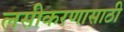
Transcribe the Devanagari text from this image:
लसीकरणासाठी